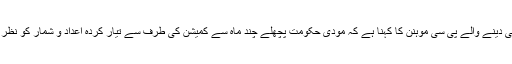
دریں اثنا قومی شماریاتی کمیشن کے چیئرمین کے عہدہ سے استعفی دینے والے پی سی موہنن کا کہنا ہے کہ مودی حکومت پچھلے چند ماہ سے کمیشن کی طرف سے تیار کردہ اعداد و شمار کو نظر انداز کررہی ہے اور اسے شائع کرنے سے گریز ھی کر رہی ہے۔